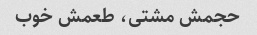
حجمش مشتی، طعمش خوب